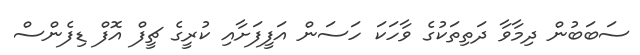
ސަބަބުން ދިމާވާ ދަތިތަކުގެ ވާހަކަ ހަސަން އަފީފަށާއި ކުރީގެ ޗީފް އޮފް ޑިފެންސް